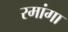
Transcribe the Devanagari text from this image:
रमांगा